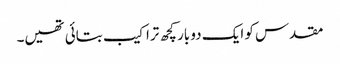
مقدس کو ایک دو بار کچھ تراکیب بتائی تھیں۔